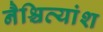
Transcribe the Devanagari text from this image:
नैश्चित्यांश